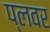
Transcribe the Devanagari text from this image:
प्लवर